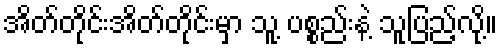
အိတ်တိုင်းအိတ်တိုင်းမှာ သူ့ ပစ္စည်းနဲ့ သူပြည့်လို့။